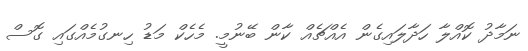
ނަމާދު ކޮއްލާ ހަދާލައިގެން އެއްޗެއް ކާން ބޭނުމީ. މެހެކް މަޑު ހިނގުމެއްގައި ގޮސް